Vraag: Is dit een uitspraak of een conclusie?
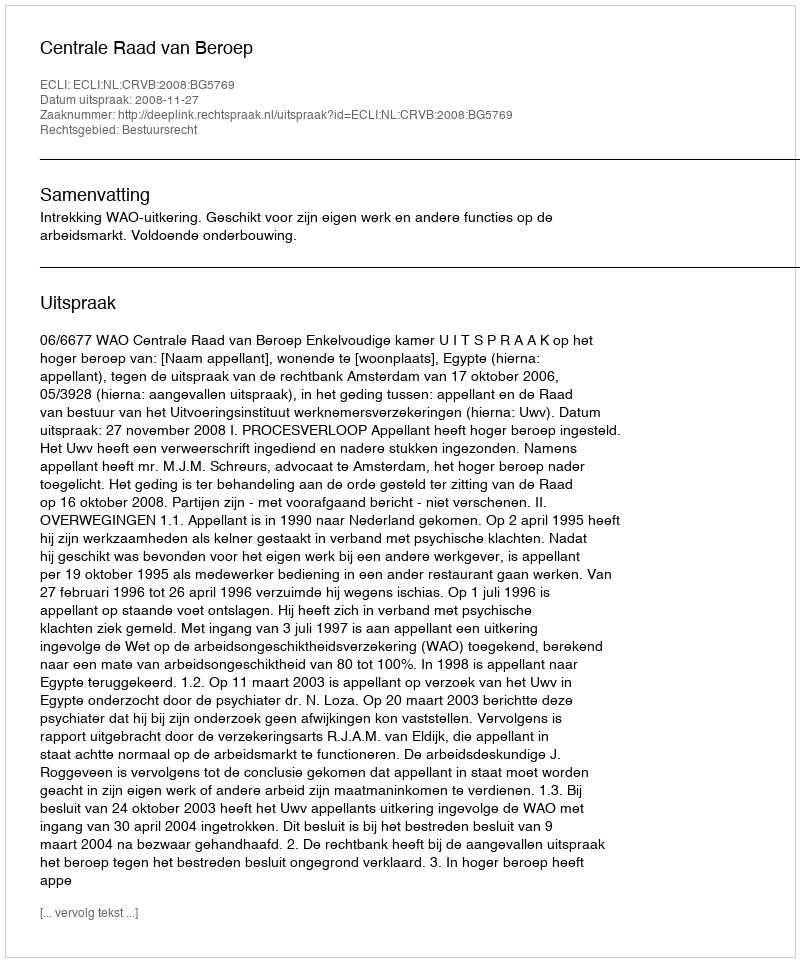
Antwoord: Uitspraak